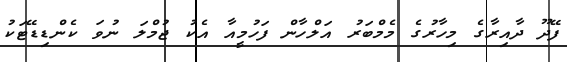
ފޭދޫ ދާއިރާގެ މިހާރުގެ މެމްބަރު އަލްހާން ފަހުމީއާ އެކު ޖުމްލަ ނުވަ ކެންޑިޑޭޓަކު